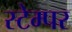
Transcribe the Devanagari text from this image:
स्टेम्पर